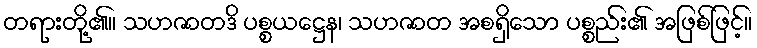
တရားတို့၏။ သဟဇာတဒိ ပစ္စယဋ္ဌေန၊ သဟဇာတ အစရှိသော ပစ္စည်း၏ အဖြစ်ဖြင့်။